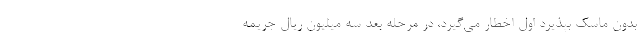
بدون ماسک بپذیرد اول اخطار می‌گیرد، در مرحله بعد سه میلیون ریال جریمه